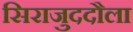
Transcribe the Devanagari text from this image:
सिराजुददौला